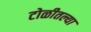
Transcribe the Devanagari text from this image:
टोळीतल्या